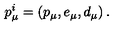
p _ { \mu } ^ { i } = \left( p _ { \mu } , e _ { \mu } , d _ { \mu } \right) .